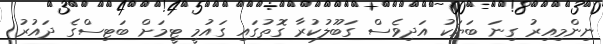
ނިންމިއިރު ގިނަ ބަޔަކު އަދިވެސް ގަބޫލުކުރާ ގޮތުގައި ގައުމީ ޓީމަށް ބަޓިސްގެ ދައުރު